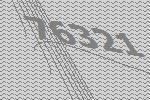
76321